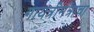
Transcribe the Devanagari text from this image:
गायत्रीमंत्राचा